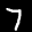
Label: 7